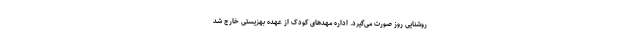
روشنایی روز صورت می‌گیرد. اداره مهدهای کودک از عهده بهزیستی خارج شد